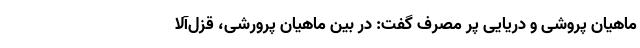
ماهیان پروشی و دریایی پر مصرف گفت: در بین ماهیان پرورشی، قزل‌آلا